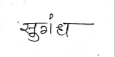
मजकूर: सुगंध